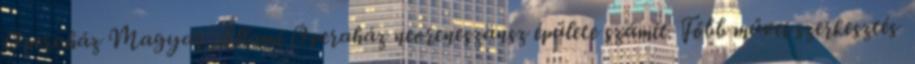
Operaház Magyar Állami Operaház neoreneszánsz épülete számít. Főbb művei szerkesztés